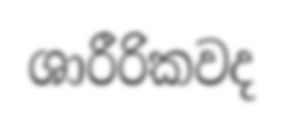
ශාරීරිකවද